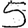
Digit: 5